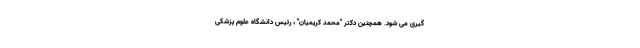
گیری می شود. همچنین دکتر "محمد کریمیان" ، رئیس دانشگاه علوم پزشکی